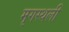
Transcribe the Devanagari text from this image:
मृगस्थली